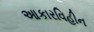
આકારવિહીન